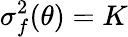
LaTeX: \sigma_{f}^{2}(\theta)=K